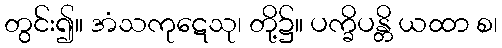
တွင်း၍။ အံသကုဋေသု၊ တို့၌။ ပက္ခိပန္တိ ယထာ စ၊